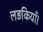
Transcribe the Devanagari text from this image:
लड़कियाँ।